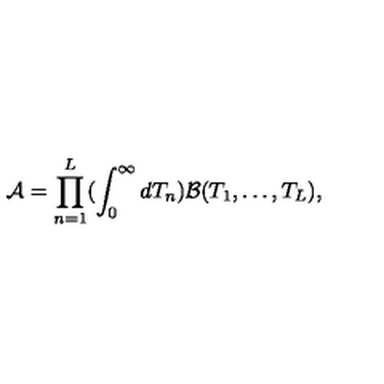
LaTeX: { \cal A } = \prod _ { n = 1 } ^ { L } ( \int _ { 0 } ^ { \infty } d T _ { n } ) { \cal B } ( T _ { 1 } , \ldots , T _ { L } ) ,